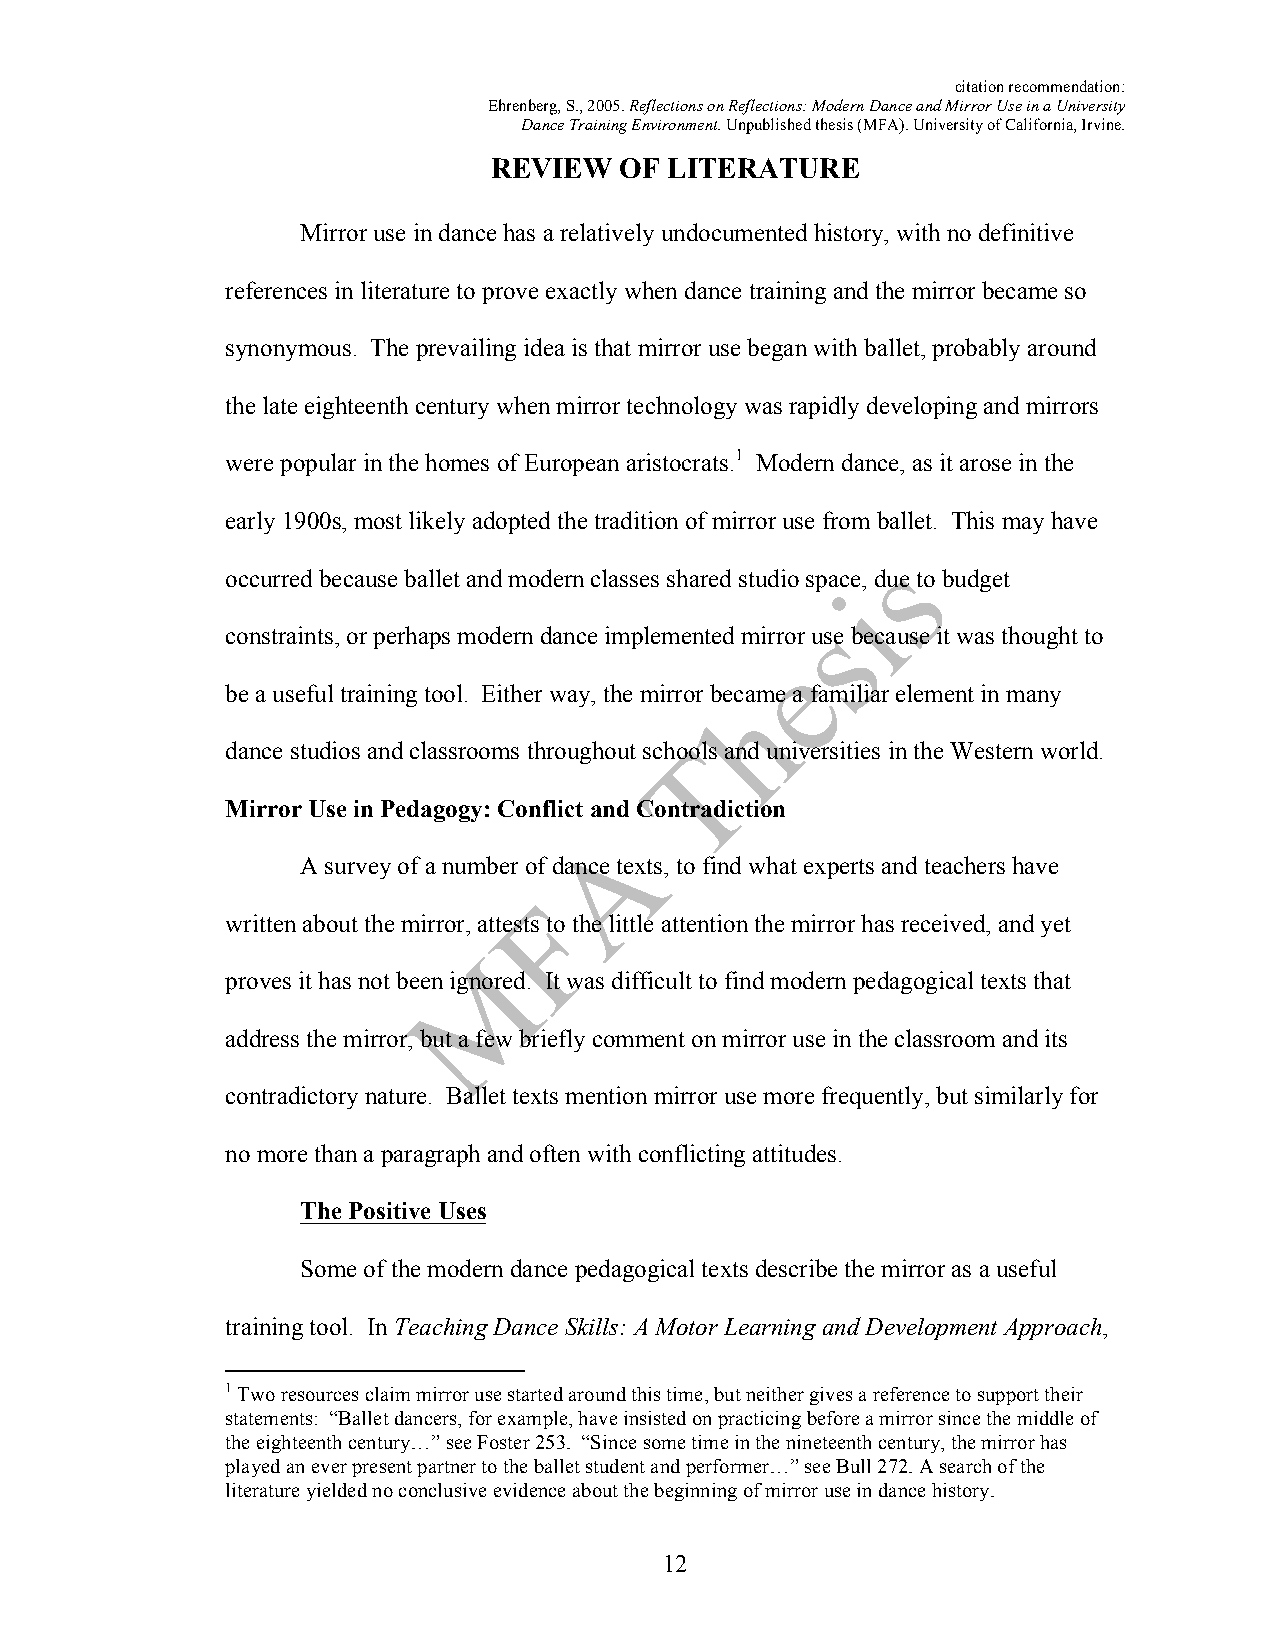
citation recommendation:
 Ehrenberg, S., 2005. Reflections on Reflections: Modern Dance and Mirror Use in a University
 Dance Training Environment. Unpublished thesis (MFA). University of California, Irvine.
 REVIEW   OF LITERATURE
 Mirror use in dance has a relatively undocumented history, with no definitive
 references in literature to prove exactly when dance training and the mirror became so
 synonymous. The prevailing idea is that mirror use began with ballet, probably around
 the late eighteenth century when mirror technology was rapidly developing and mirrors
 were popular in the homes of European aristocrats.1 Modern dance, as it arose in the
 early 1900s, most likely adopted the tradition of mirror use from ballet. This may have
 occurred because ballet and modern classes shared studio space, due to budget
 constraints, or perhaps modern dance implemented mirror use because it was thought to
 be a useful training tool. Either way, the mirror became a familiar element in many
 dance studios and classrooms throughout schools and universities in the Western world.
 Mirror Use in Pedagogy: Conflict and Contradiction
 A survey of a number of dance texts, to find what experts and teachers have
 written about the mirror, attests to the little attention the mirror has received, and yet
 proves it has not been ignored. It was difficult to find modern pedagogical texts that
 address the mirror, but a few briefly comment on mirror use in the classroom and its
 contradictory nature. Ballet texts mention mirror use more frequently, but similarly for
 no more than a paragraph and often with conflicting attitudes.
 The Positive Uses
 Some of the modern dance pedagogical texts describe the mirror as a useful
 training tool. In Teaching Dance Skills: A Motor Learning and Development Approach,
 1 Two resources claim mirror use started around this time, but neither gives a reference to support their
 statements: “Ballet dancers, for example, have insisted on practicing before a mirror since the middle of
 the eighteenth century…” see Foster 253. “Since some time in the nineteenth century, the mirror has
 played an ever present partner to the ballet student and performer…” see Bull 272. A search of the
 literature yielded no conclusive evidence about the beginning of mirror use in dance history.
 12